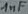
Text: 1µF